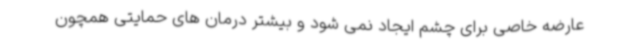
عارضه خاصی برای چشم ایجاد نمی شود و بیشتر درمان های حمایتی همچون